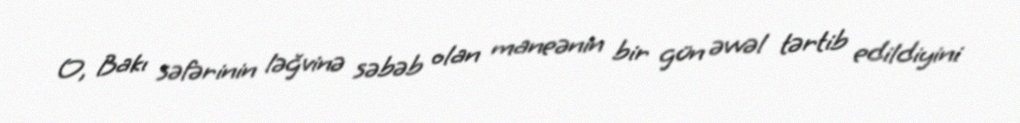
O, Bakı səfərinin ləğvinə səbəb olan maneənin bir gün əvvəl tərtib edildiyini